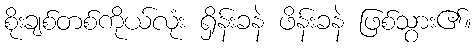
စိုးချစ်တစ်ကိုယ်လုံး ရှိန်းခနဲ ဖိန်းခနဲ ဖြစ်သွား၏။